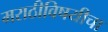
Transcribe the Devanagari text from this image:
मराठीविषयीचा